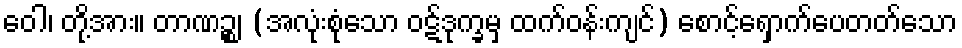
ဝေါ၊ တို့အား။ တာဏဉ္စ၊ (အလုံးစုံသော ဝဋ်ဒုက္ခမှ ထက်ဝန်းကျင်) စောင့်ရှောက်ပေတတ်သော